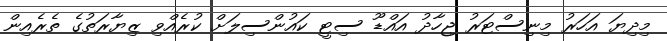
މިދިޔަ އަހަރު މިނިސްޓަރު ޖިހާދު އައްޑޫ ސިޓީ ކައުންސިލަށް ކުރެއްވި ޒިޔާރަތުގެ ތެރެއިން